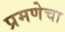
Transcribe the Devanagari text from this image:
प्रमणेचा